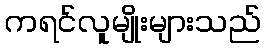
ကရင်လူမျိုးများသည်